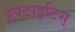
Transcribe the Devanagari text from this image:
हेपेटाइटिस्